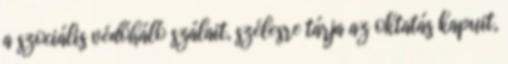
a szociális védőháló szálait, szélesre tárja az oktatás kapuit,